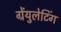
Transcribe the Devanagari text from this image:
ग्रेंयुलेटिंग